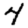
Digit: 4